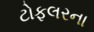
ટોફલરના